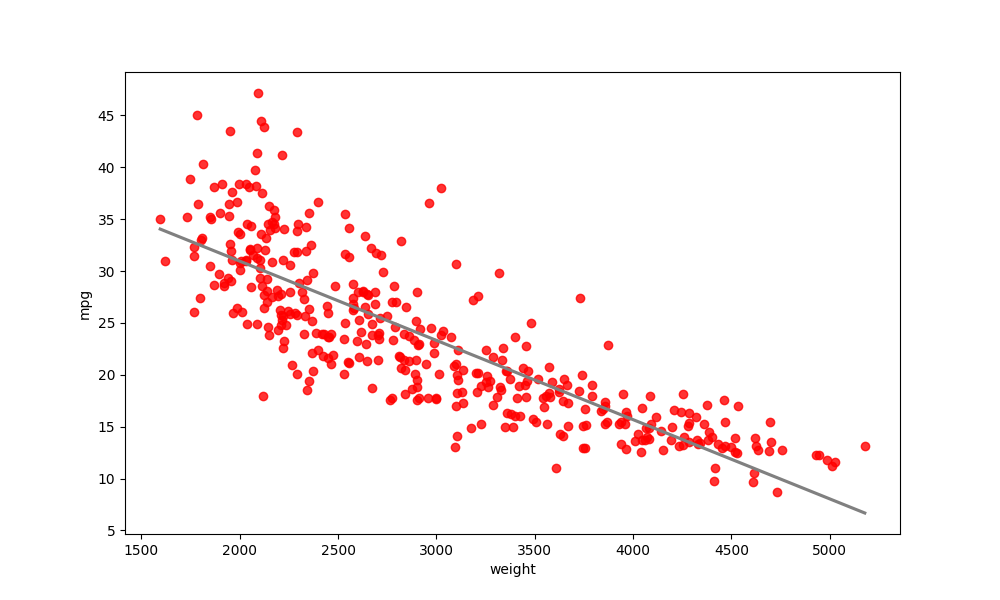
python, seaborn, regplot, order=1, ci=None, scatter_color=red, line_color=gray